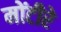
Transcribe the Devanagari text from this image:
मोंटीरे